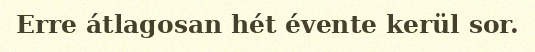
Erre átlagosan hét évente kerül sor.